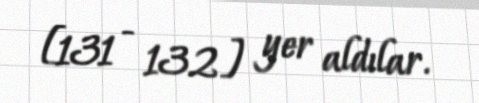
[131 - 132] yer aldılar.